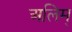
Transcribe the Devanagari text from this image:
अलिम्